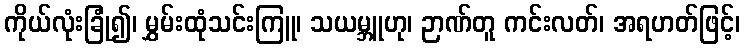
ကိုယ်လုံးခြုံ၍၊ မွှမ်းထုံသင်းကြူ၊ သယမ္ဘူဟု၊ ဉာဏ်တူ ကင်းလတ်၊ အရဟတ်ဖြင့်၊